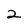
Character: 2